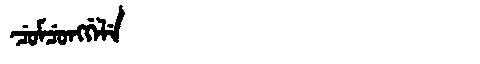
Manchu: ᠴᡠᠮᠴᡠᠩᡤᡝᠯᡝ
Romanization: CUMCUNGGELE